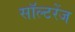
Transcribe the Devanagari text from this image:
सॉल्टरेंज